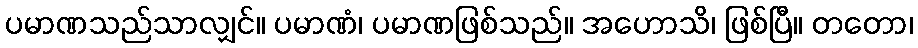
ပမာဏသည်သာလျှင်။ ပမာဏံ၊ ပမာဏဖြစ်သည်။ အဟောသိ၊ ဖြစ်ပြီ။ တတော၊